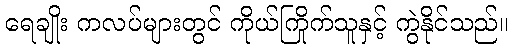
ရေချိုး ကလပ်များတွင် ကိုယ်ကြိုက်သူနှင့် ကွဲနိုင်သည်။